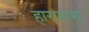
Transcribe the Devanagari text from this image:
हारामोश